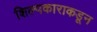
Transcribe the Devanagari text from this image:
शिल्पकाराकडून